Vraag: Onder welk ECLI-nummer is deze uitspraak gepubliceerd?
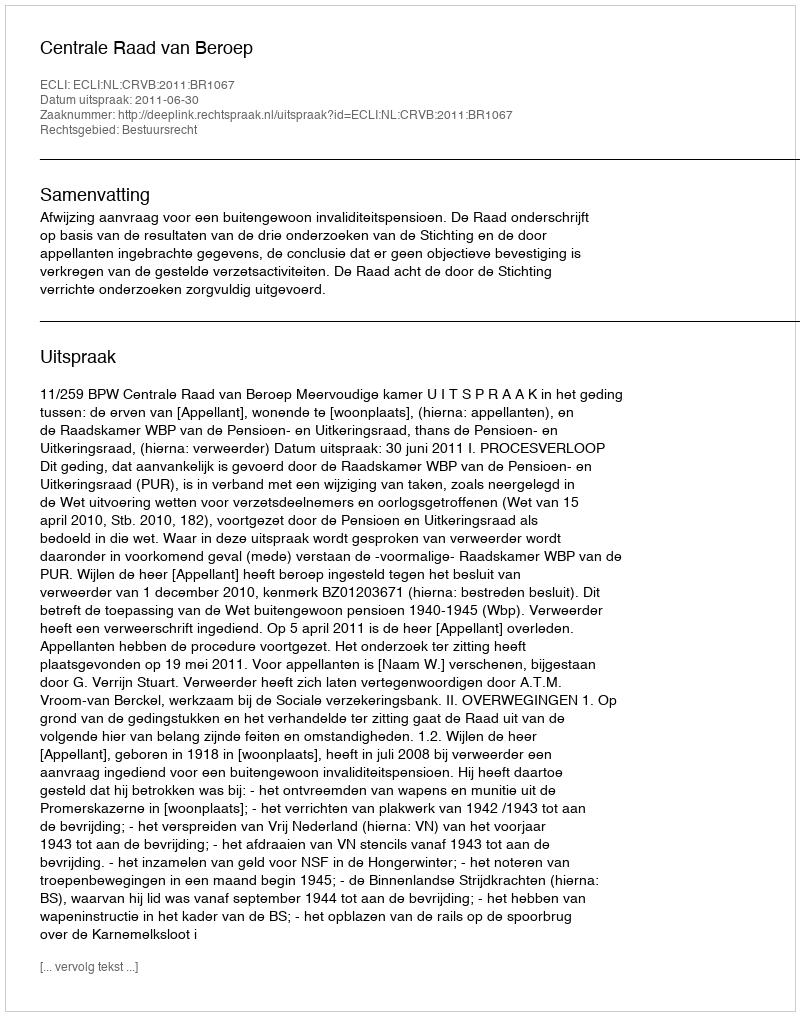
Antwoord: ECLI:NL:CRVB:2011:BR1067